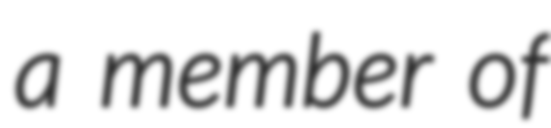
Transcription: a member of